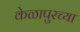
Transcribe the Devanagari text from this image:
केळापुरच्या